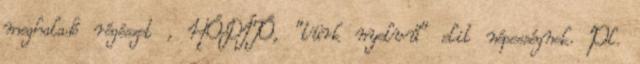
meghaladó régészet , HÓDÍTÓ, "türk nyelvű" elit népességnek. Pl.